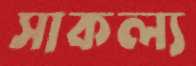
সাকল্য